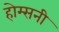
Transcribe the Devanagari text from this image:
होम्सनी